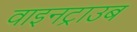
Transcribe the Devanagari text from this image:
वाइनट्राउब